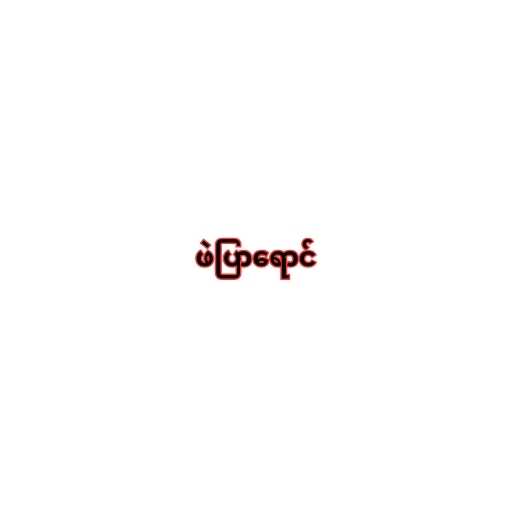
ဖဲပြာရောင်